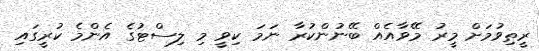
ރީތިވުމަށް މީރު މޭވާއެއް ބޭނުންކުރާ ނަމަ ކިވީ މި ލިސްޓުގެ އެންމެ ކުރީގައި